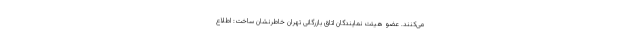
می‌کنند. عضو هیئت نمایندگان اتاق بازرگانی تهران خاطرنشان ساخت: اطلاع